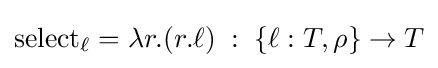
\mathrm {select_{\ell }} =\lambda r.(r.\ell )\;:\;\{\ell :T,\rho \}\rightarrow T